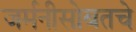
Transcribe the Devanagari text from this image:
जर्मनीसोबतचे